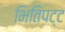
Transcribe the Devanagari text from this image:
भितिपट्ट